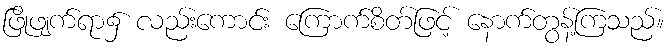
ဖြိုဖျက်ရာ၌ လည်းကောင်း ကြောက်စိတ်ဖြင့် နောက်တွန့်ကြသည်။